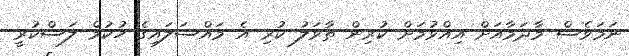
ނަމަވެސް މާދަމާއަށް އިއްވުމަށް ކުރިން ތާވަލު ކުރި އެ މައްސަލައިގެ ހުކުމް ލަސްކުރީ